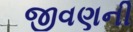
જીવણની